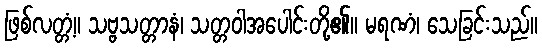
ဖြစ်လတ္တံ့။ သဗ္ဗသတ္တာနံ၊ သတ္တဝါအပေါင်းတို့၏။ မရဏံ၊ သေခြင်းသည်။